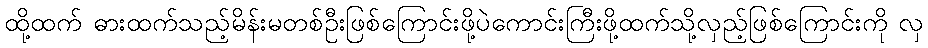
ထို့ထက် ဓားထက်သည့်မိန်းမတစ်ဦးဖြစ်ကြောင်းဖို့ပဲကောင်းကြီးဖို့ထက်သို့လှည့်ဖြစ်ကြောင်းကို လှ